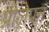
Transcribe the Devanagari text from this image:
प्रीलेपन